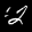
Label: 2